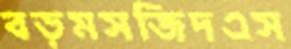
বড়মসজিদএস